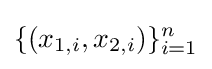
\{(x_{1,i},x_{2,i})\}_{i=1}^{n}